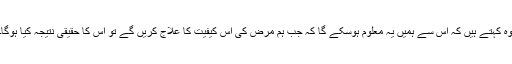
وہ کہتے ہیں کہ اس سے ہمیں یہ معلوم ہوسکے گا کہ جب ہم مرض کی اس کیفیت کا علاج کریں گے تو اس کا حقیقی نتیجہ کیا ہوگا۔